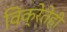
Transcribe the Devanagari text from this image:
विक्रेतेही